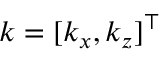
\boldsymbol { k } = [ k _ { x } , k _ { z } ] ^ { \top }